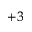
^ { + 3 }